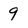
Character: 9